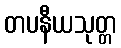
တပနီယသုတ္တ